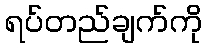
ရပ်တည်ချက်ကို